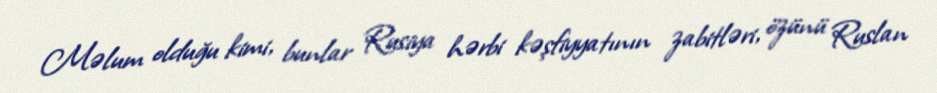
Məlum olduğu kimi, bunlar Rusiya hərbi kəşfiyyatının zabitləri, özünü Ruslan